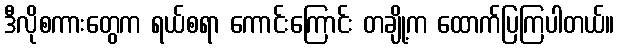
ဒီလိုစကားတွေက ရယ်စရာ ကောင်းကြောင်း တချို့က ထောက်ပြကြပါတယ်။